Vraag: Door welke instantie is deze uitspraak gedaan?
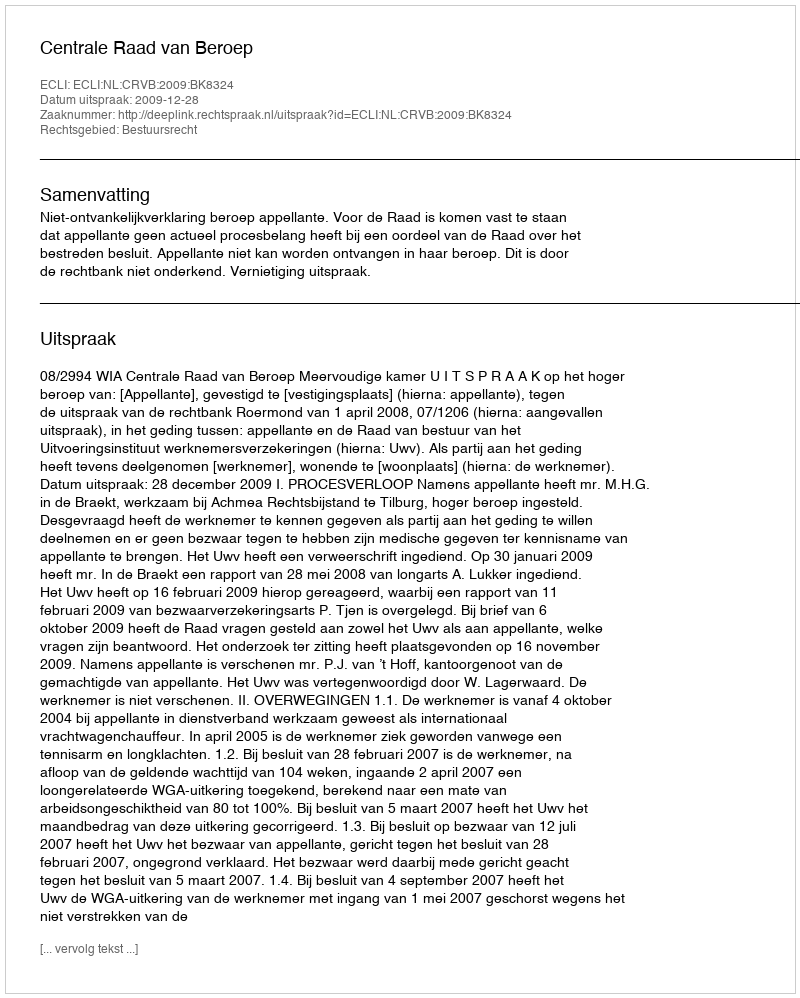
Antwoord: Centrale Raad van Beroep